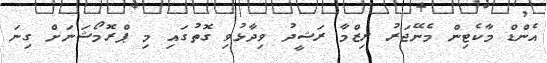
އެންޑް މާކެޓިން މެނޭޖަރު ރިޒްމާ ރަޝީދު ވިދާޅުވި ގޮތުގައި މި ޕްރޮމޯޝަނަށް ގިނަ